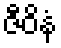
ဇီဝိနံ